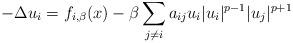
LaTeX: \begin{align*}-\Delta u_i=f_{i,\beta}(x)-\beta \sum_{j\neq i} a_{ij} u_i |u_i|^{p-1}|u_j|^{p+1}\end{align*}